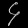
Digit: ၄